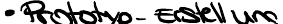
Prototyp-Erstellung